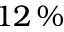
1 2 \, \%